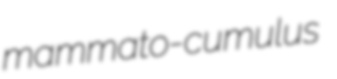
mammato-cumulus